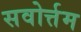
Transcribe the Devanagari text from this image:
सवोर्त्तम